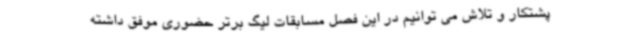
پشتکار و تلاش می توانیم در این فصل مسابقات لیگ برتر حضوری موفق داشته